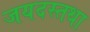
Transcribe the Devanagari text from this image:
जयदस्तथा